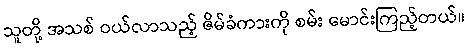
သူတို့ အသစ် ဝယ်လာသည့် ဇိမ်ခံကားကို စမ်း မောင်းကြည့်တယ်။